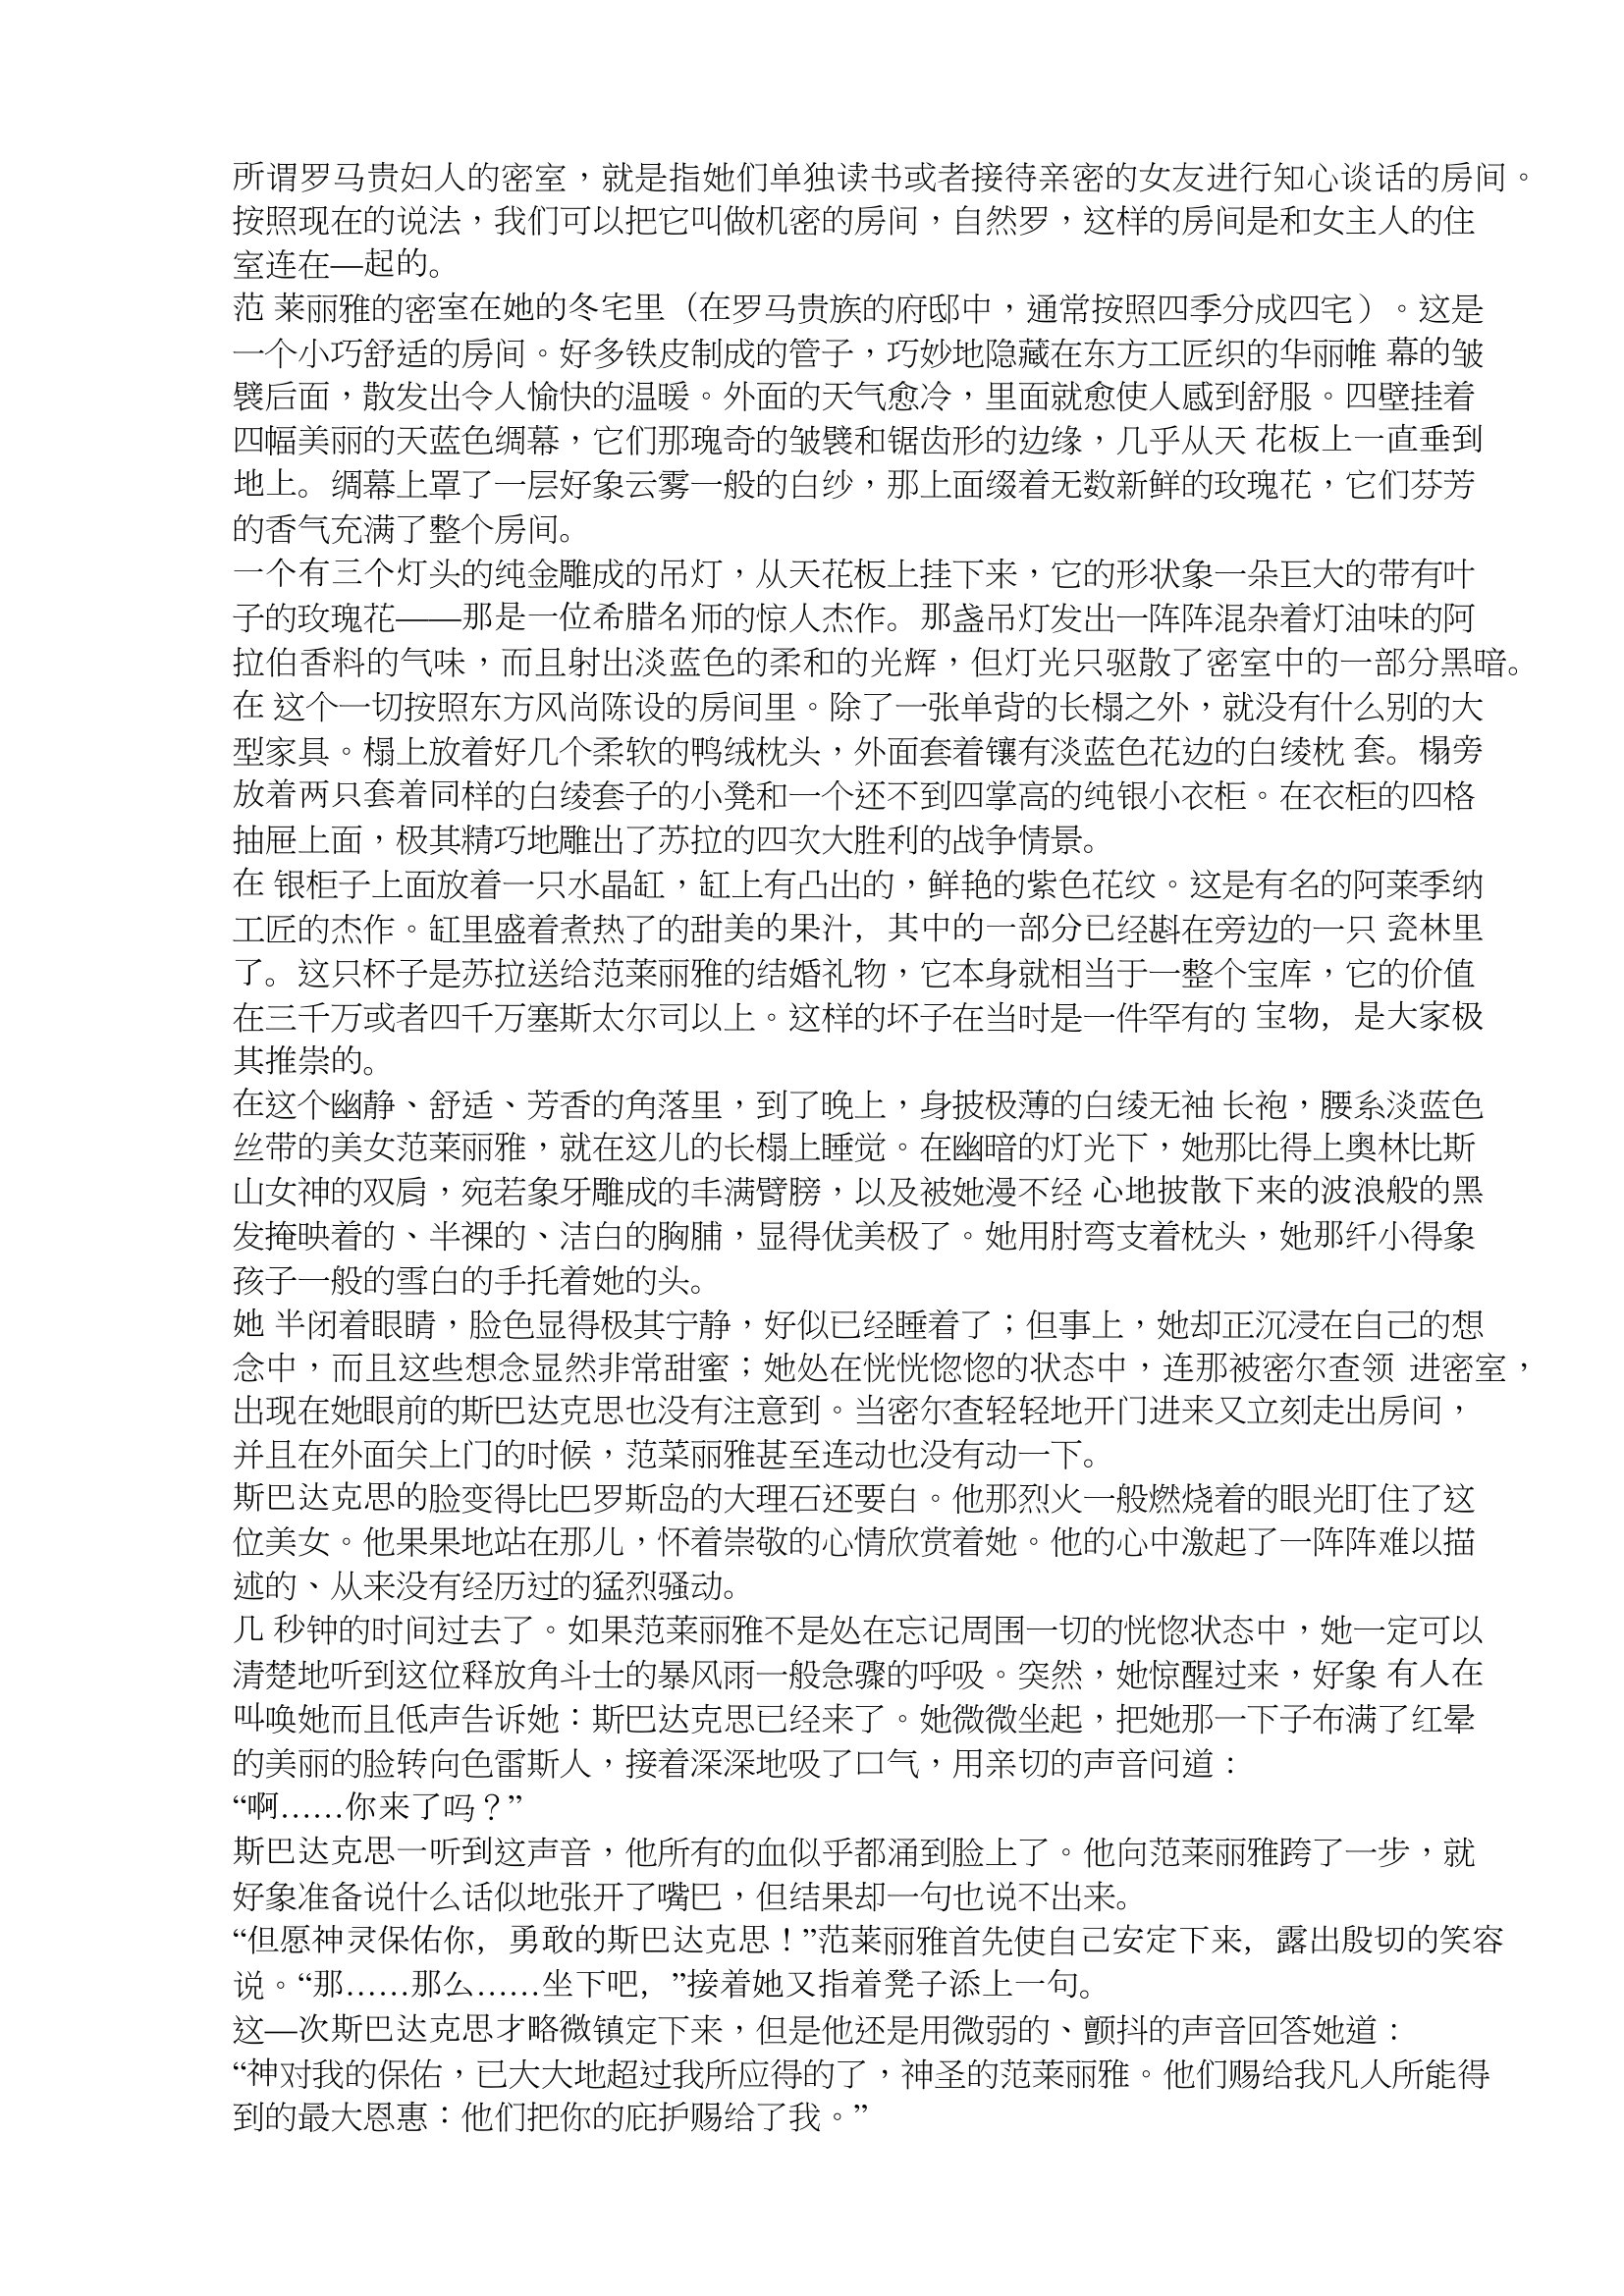
Language: zh